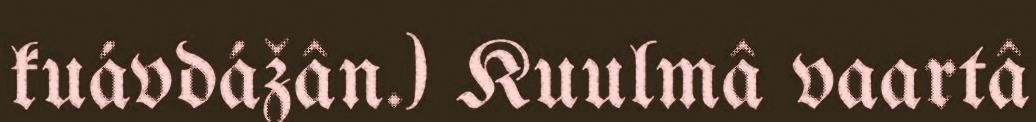
kuávdážân.) Kuulmâ vaartâ